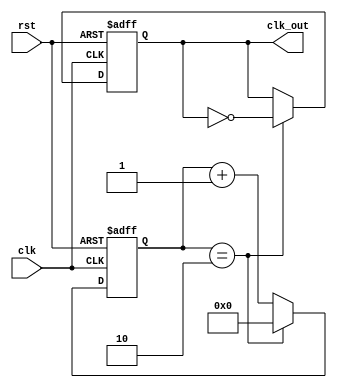
module clock_divider (
    input clk,
    input rst,
    output reg clk_out
);

parameter COUNT_VALUE = 2; // Programmable division ratio

reg [3:0] count;

always @(posedge clk or posedge rst) begin
    if (rst) begin
        count <= 0;
        clk_out <= 0;
    end else begin
        if (count == COUNT_VALUE) begin
            count <= 0;
            clk_out <= ~clk_out;
        end else begin
            count <= count + 1;
        end
    end
end

endmodule